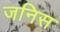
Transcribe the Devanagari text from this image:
जनिस